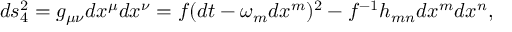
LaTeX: d s _ { 4 } ^ { 2 } = g _ { \mu \nu } d x ^ { \mu } d x ^ { \nu } = f ( d t - \omega _ { m } d x ^ { m } ) ^ { 2 } - f ^ { - 1 } h _ { m n } d x ^ { m } d x ^ { n } ,